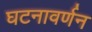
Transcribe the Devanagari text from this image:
घटनावर्णन